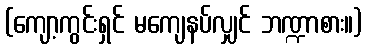
(ကျော့ကွင်းရှင် မကျေနပ်လျှင် ဘဏ္ဍာစား။)